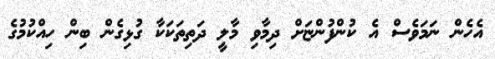
އެހެން ނަމަވެސް އެ ކުންފުންޏަށް ދިމާވި މާލީ ދަތިތަކަކާ ގުޅިގެން ބިން ހިއްކުމުގެ